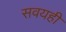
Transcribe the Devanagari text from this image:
सवयही